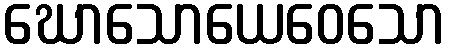
ဃောသောယေဝေသော